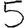
Digit: 5